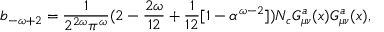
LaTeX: b _ { - \omega + 2 } = \frac { 1 } { 2 ^ { 2 \omega } \pi ^ { \omega } } ( 2 - \frac { 2 \omega } { 1 2 } + \frac { 1 } { 1 2 } [ 1 - \alpha ^ { \omega - 2 } ] ) N _ { c } G _ { \mu \nu } ^ { a } ( x ) G _ { \mu \nu } ^ { a } ( x ) ,